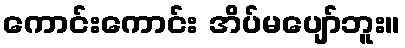
ကောင်းကောင်း အိပ်မပျော်ဘူး။